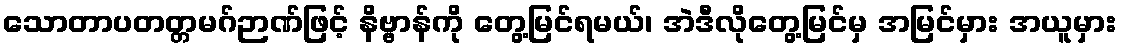
သောတာပတတ္တမဂ်ဉာဏ်ဖြင့် နိဗ္ဗာန်ကို တွေ့မြင်ရမယ်၊ အဲဒီလိုတွေ့မြင်မှ အမြင်မှား အယူမှား